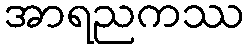
အာရညကဿ